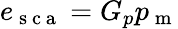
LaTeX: e_{\mathrm{~s~c~a~}}=G_{p}p_{\mathrm{~m~}}